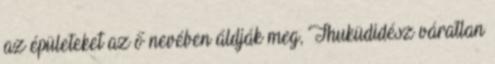
az épületeket az ő nevében áldják meg, Thuküdidész váratlan